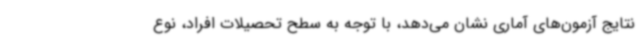
نتایج آزمون‌های آماری نشان می‌دهد، با توجه به سطح تحصیلات افراد، نوع